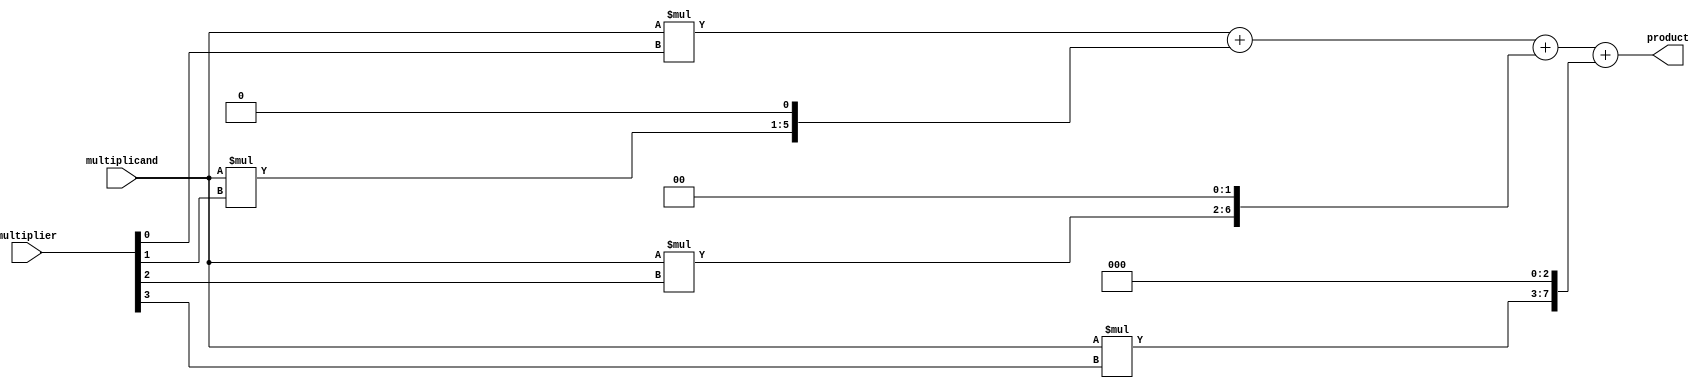
module baugh_wooley_multiplier(
    input [3:0] multiplicand,
    input [3:0] multiplier,
    output reg [7:0] product
);

reg [7:0] partial_product [3:0];

initial begin
    partial_product[0] = multiplicand * multiplier[0];
    partial_product[1] = multiplicand * multiplier[1] << 1;
    partial_product[2] = multiplicand * multiplier[2] << 2;
    partial_product[3] = multiplicand * multiplier[3] << 3;

    product = partial_product[0] + partial_product[1] + partial_product[2] + partial_product[3];
end

endmodule